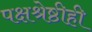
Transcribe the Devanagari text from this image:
पक्षश्रेष्ठीही